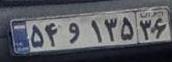
۵۴و۱۳۵۳۶